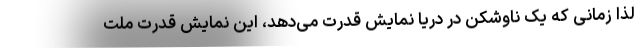
لذا زمانی که یک ناوشکن در دریا نمایش قدرت می‌دهد، این نمایش قدرت ملت